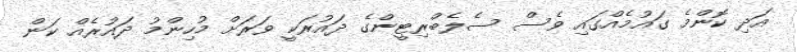
އަދި ކޮންމެ ގައުމެއްގައި ވެސް ސެލެބްރިޓީންގެ ދައުރަކީ ވަރަށް މުހިންމު ދައުރެއް ކަން